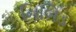
નિબિડ